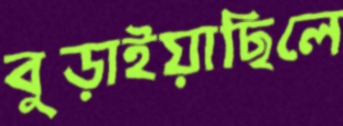
বুড়াইয়াছিলে